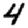
Digit: 4